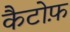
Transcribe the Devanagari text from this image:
कैटोफ़